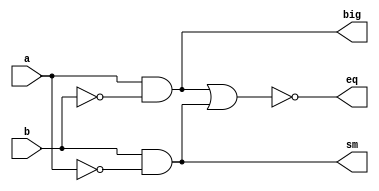
module comparator_1_msb(a,b,big,eq,sm);

input a,b;
output big,eq,sm;

wire a_not,b_not,eq_tmp ;

not(a_not,a);
not(b_not,b);
and(big,a,b_not);
and(sm,b,a_not);

or(eq_tmp,big,sm);

not(eq,eq_tmp);



endmodule